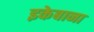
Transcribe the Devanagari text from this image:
इकेबाना